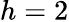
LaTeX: h=2